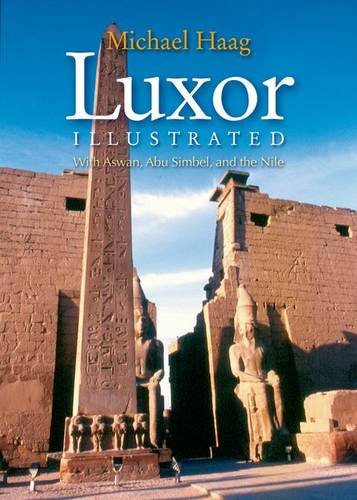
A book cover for Luxor Illustrated: With Aswan, Abu Simbel, and the Nile; Michael Haag; Travel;